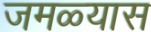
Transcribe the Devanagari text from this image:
जमळ्यास